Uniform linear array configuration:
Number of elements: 32
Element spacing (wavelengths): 0.5
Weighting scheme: uniform
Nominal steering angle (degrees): -45
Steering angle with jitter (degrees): -46.633
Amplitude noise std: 0.05
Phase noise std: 0.05

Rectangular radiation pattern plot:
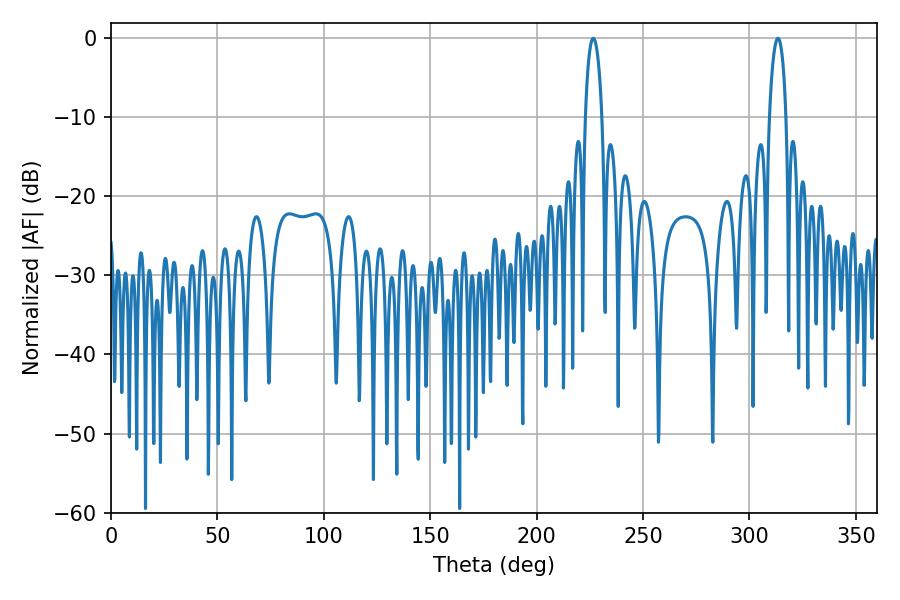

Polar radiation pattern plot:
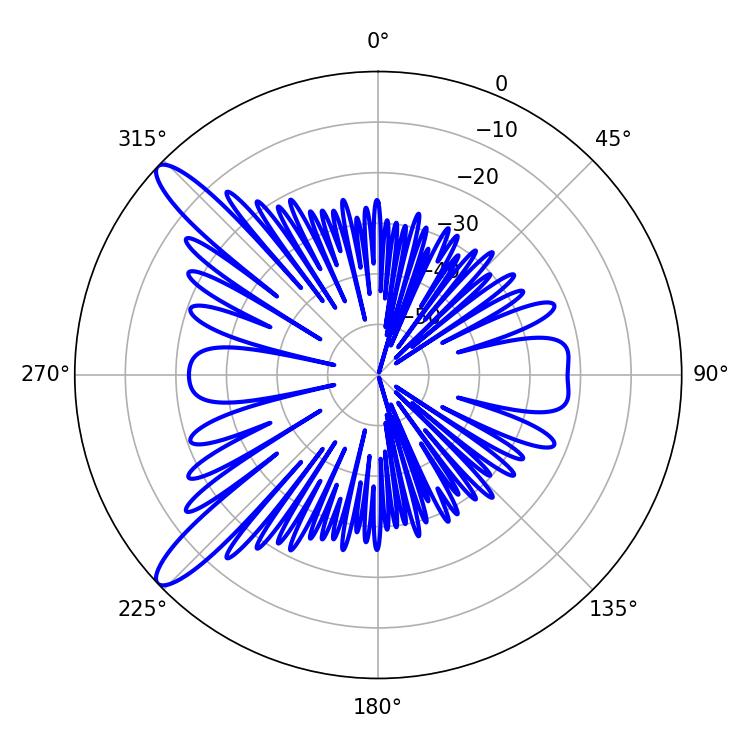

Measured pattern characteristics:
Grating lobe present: FALSE
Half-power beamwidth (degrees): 4.5
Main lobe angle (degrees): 226.62